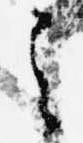
之